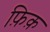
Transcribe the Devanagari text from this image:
फ़िक़